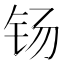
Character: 钖